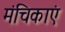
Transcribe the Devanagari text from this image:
मंचिकाएं